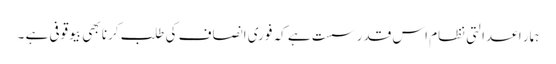
ہمار ا عدالتی نظام اس قدر سست ہے کہ فوری انصاف کی طلب کرنا بھی بیوقوفی ہے ۔